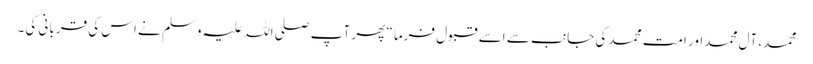
محمد، آل محمد اور امت محمد کی جانب سے اسے قبول فرما“ پھر آپ صلی اللہ علیہ وسلم نے اس کی قربانی کی۔